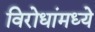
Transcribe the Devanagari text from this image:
विरोधांमध्ये